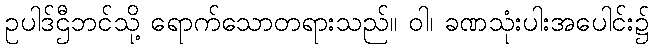
ဥပါဒ်ဌီဘင်သို့ ရောက်သောတရားသည်။ ဝါ၊ ခဏသုံးပါးအပေါင်း၌